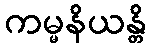
ကမ္မနိယန္တိ